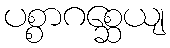
ပစ္စာဂစ္ဆေယျ